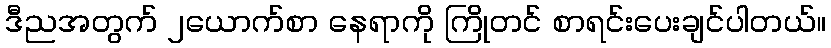
ဒီညအတွက် ၂ယောက်စာ နေရာကို ကြိုတင် စာရင်းပေးချင်ပါတယ်။